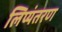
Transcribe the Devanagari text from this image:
लिप्‍यंतरण